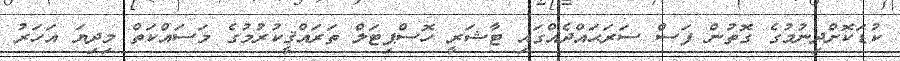
ކުޑަކޮށްދިނުމުގެ ގޮތުން ފަސް ސަރަޙައްދެއްގައި ޓާޝަރީ ހޮސްޕިޓަލް ތަރައްޤީކުރުމުގެ މަސައްކަތް މިދިޔަ އަހަރު